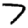
Digit: 7